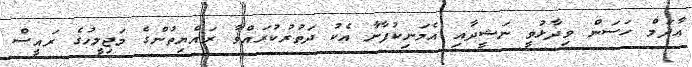
އާދަމް ހަސަން ވިދާޅުވީ ނަޝީދާއި އެމަނިކުފާނާ އެކު ދަތުރުކުރައްވާ ރައްޔިތުންގެ މަޖިލީހުގެ ރައީސް